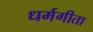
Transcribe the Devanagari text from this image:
धर्मगीता